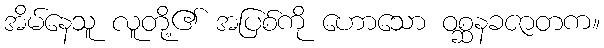
အိမ်နေသူ လူတို့၏ အပြစ်ကို ဟောသော ဝစ္ဆနခဇာတက။